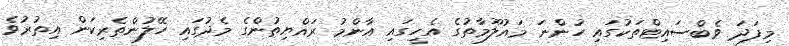
މިފަދަ ވެބްސައިޓްތަކުގައި ހުންނަ މައުލޫމާތުގެ އެހީގައި އާންމު ރައްޔިތުންގެ މެދުގައި ހޭލުންތެރިކަން އިތުރުވެ